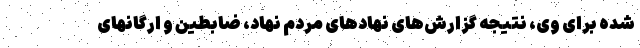
شده برای وی، نتیجه گزارش‌های نهادهای مردم نهاد، ضابطین و ارگانهای